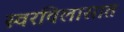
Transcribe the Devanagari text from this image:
स्वरविलासात